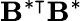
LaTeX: \mathbf{\mathbf{B}^{\ast\intercal}\mathbf{B}^{\ast}}